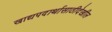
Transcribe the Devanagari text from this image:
खाद्यपदार्थासाठीदेखील